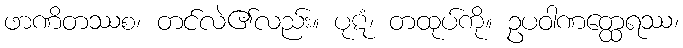
ဖာဏိတဿစ၊ တင်လဲ၏လည်း။ ပုဋံ၊ တထုပ်ကို။ ဥပဝါဏတ္ထေရဿ၊